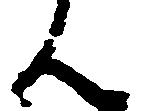
ん